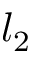
l _ { 2 }